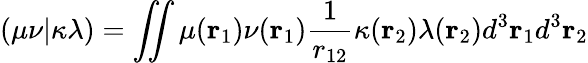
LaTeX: (\mu\nu|\kappa\lambda)=\iint\mu(\mathbf{r}_{1})\nu(\mathbf{r}_{1})\frac{1}{r_{12}}\kappa(\mathbf{r}_{2})\lambda(\mathbf{r}_{2})d^{3}\mathbf{r}_{1}d^{3}\mathbf{r}_{2}